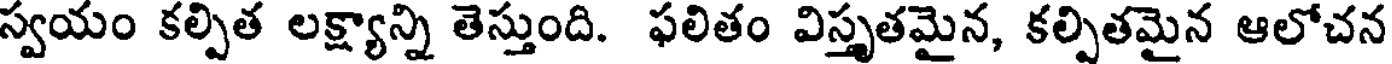
స్వయం కల్పిత లక్ష్యాన్ని తెస్తుంది. ఫలితం విస్తృతమైన, కల్పితమైన ఆలోచన